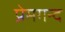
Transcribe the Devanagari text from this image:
प्रेमगन्द